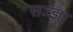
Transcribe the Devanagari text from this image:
सञ्ज्ञा